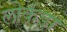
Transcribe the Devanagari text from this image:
लोकंडा